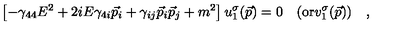
\left[ - \gamma _ { 4 4 } E ^ { 2 } + 2 i E \gamma _ { 4 i } \vec { p } _ { i } + \gamma _ { i j } \vec { p } _ { i } \vec { p } _ { j } + m ^ { 2 } \right] u _ { 1 } ^ { \sigma } ( \vec { p } ) = 0 \quad ( \mathrm { o r } v _ { 1 } ^ { \sigma } ( \vec { p } ) ) \quad ,